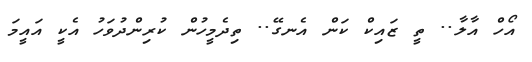
އޯހް އާލާ.. ތީ ޒައިކް ކަން އެނގޭ.. ތިދެމީހުން ކުރިންދުވަހު އެކީ އައީމަ